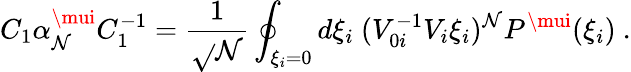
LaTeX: C_{1}\alpha_{\mathcal{N}}^{\mui}C_{1}^{-1}=\frac{{1}}{{\sqrt{}{{\mathcal{N}}}}}\oint_{\xi_{i}=0}d\xi_{i}\ (V_{0i}^{-1}V_{i}\xi_{i})^{\mathcal{N}}P^{\mui}(\xi_{i})\ .